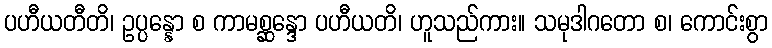
ပဟီယတီတိ၊ ဥပ္ပန္နော စ ကာမစ္ဆန္ဒော ပဟီယတိ၊ ဟူသည်ကား။ သမုဒါဂတော စ၊ ကောင်းစွာ